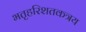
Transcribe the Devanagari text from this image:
भतृहरिशतकत्रय